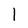
Character: l